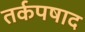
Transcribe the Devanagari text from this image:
तर्कपषाद